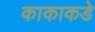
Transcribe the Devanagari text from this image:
काकाकडे